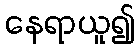
နေရာယူ၍